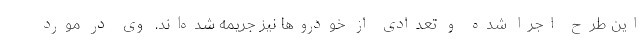
این طرح اجرا شده و تعدادی از خودروها نیز جریمه شده‌اند. وی در مورد